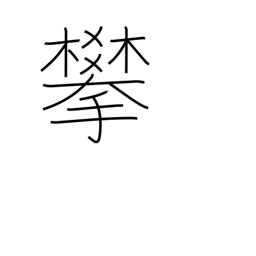
Meaning: climb